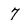
Character: 7